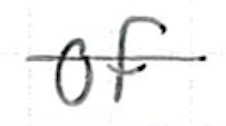
Text: of
Cross-out: single-line
Writing tool: ballpoint